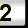
Digit: 2